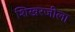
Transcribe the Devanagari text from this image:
शिखरजीला